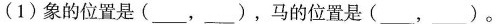
(1)象的位置是(___，___)，马的位置是(___，___)。